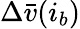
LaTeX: \Delta\bar{v}(i_{b})